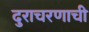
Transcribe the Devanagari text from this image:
दुराचरणाची